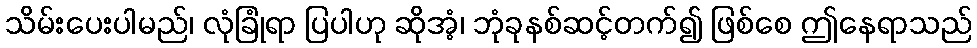
သိမ်းပေးပါမည်၊ လုံခြုံရာ ပြပါဟု ဆိုအံ့၊ ဘုံခုနစ်ဆင့်တက်၍ ဖြစ်စေ ဤနေရာသည်